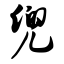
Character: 兜